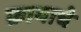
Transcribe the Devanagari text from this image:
क्रायाचे